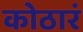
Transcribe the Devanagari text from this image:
कोठारं